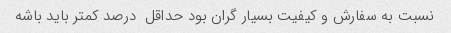
نسبت به سفارش و کیفیت بسیار گران بود حداقل  درصد کمتر باید باشه